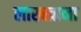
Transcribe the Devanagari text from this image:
लाख्खाना